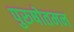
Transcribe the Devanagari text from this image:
पुरुषोतमन